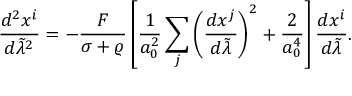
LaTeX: { \frac { d ^ { 2 } x ^ { i } } { d \tilde { \lambda } ^ { 2 } } } = - { \frac { F } { \sigma + \varrho } } \left[ { \frac { 1 } { a _ { 0 } ^ { 2 } } } \sum _ { j } \left( { \frac { d x ^ { j } } { d \tilde { \lambda } } } \right) ^ { 2 } + { \frac { 2 } { a _ { 0 } ^ { 4 } } } \right] { \frac { d x ^ { i } } { d \tilde { \lambda } } } .